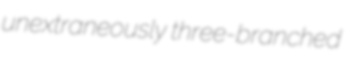
unextraneously three-branched